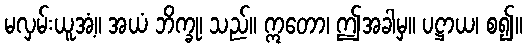
မလှမ်းယူအံ့။ အယံ ဘိက္ခု၊ သည်။ ဣတော၊ ဤအခါမှ။ ပဋ္ဌာယ၊ စ၍။